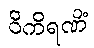
ဝိကိရဏိံ